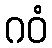
ဂဝံ